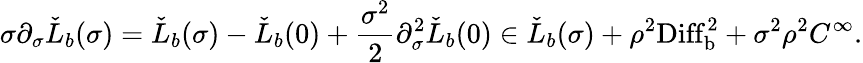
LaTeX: \sigma\partial_{\sigma}\check{L}_{b}(\sigma)=\check{L}_{b}(\sigma)-\check{L}_{b}(0)+\frac{\sigma^{2}}{2}\partial_{\sigma}^{2}\check{L}_{b}(0)\in\check{L}_{b}(\sigma)+\rho^{2}\mathrm{Diff}_{\mathrm{b}}^{2}+\sigma^{2}\rho^{2}C^{\infty}.